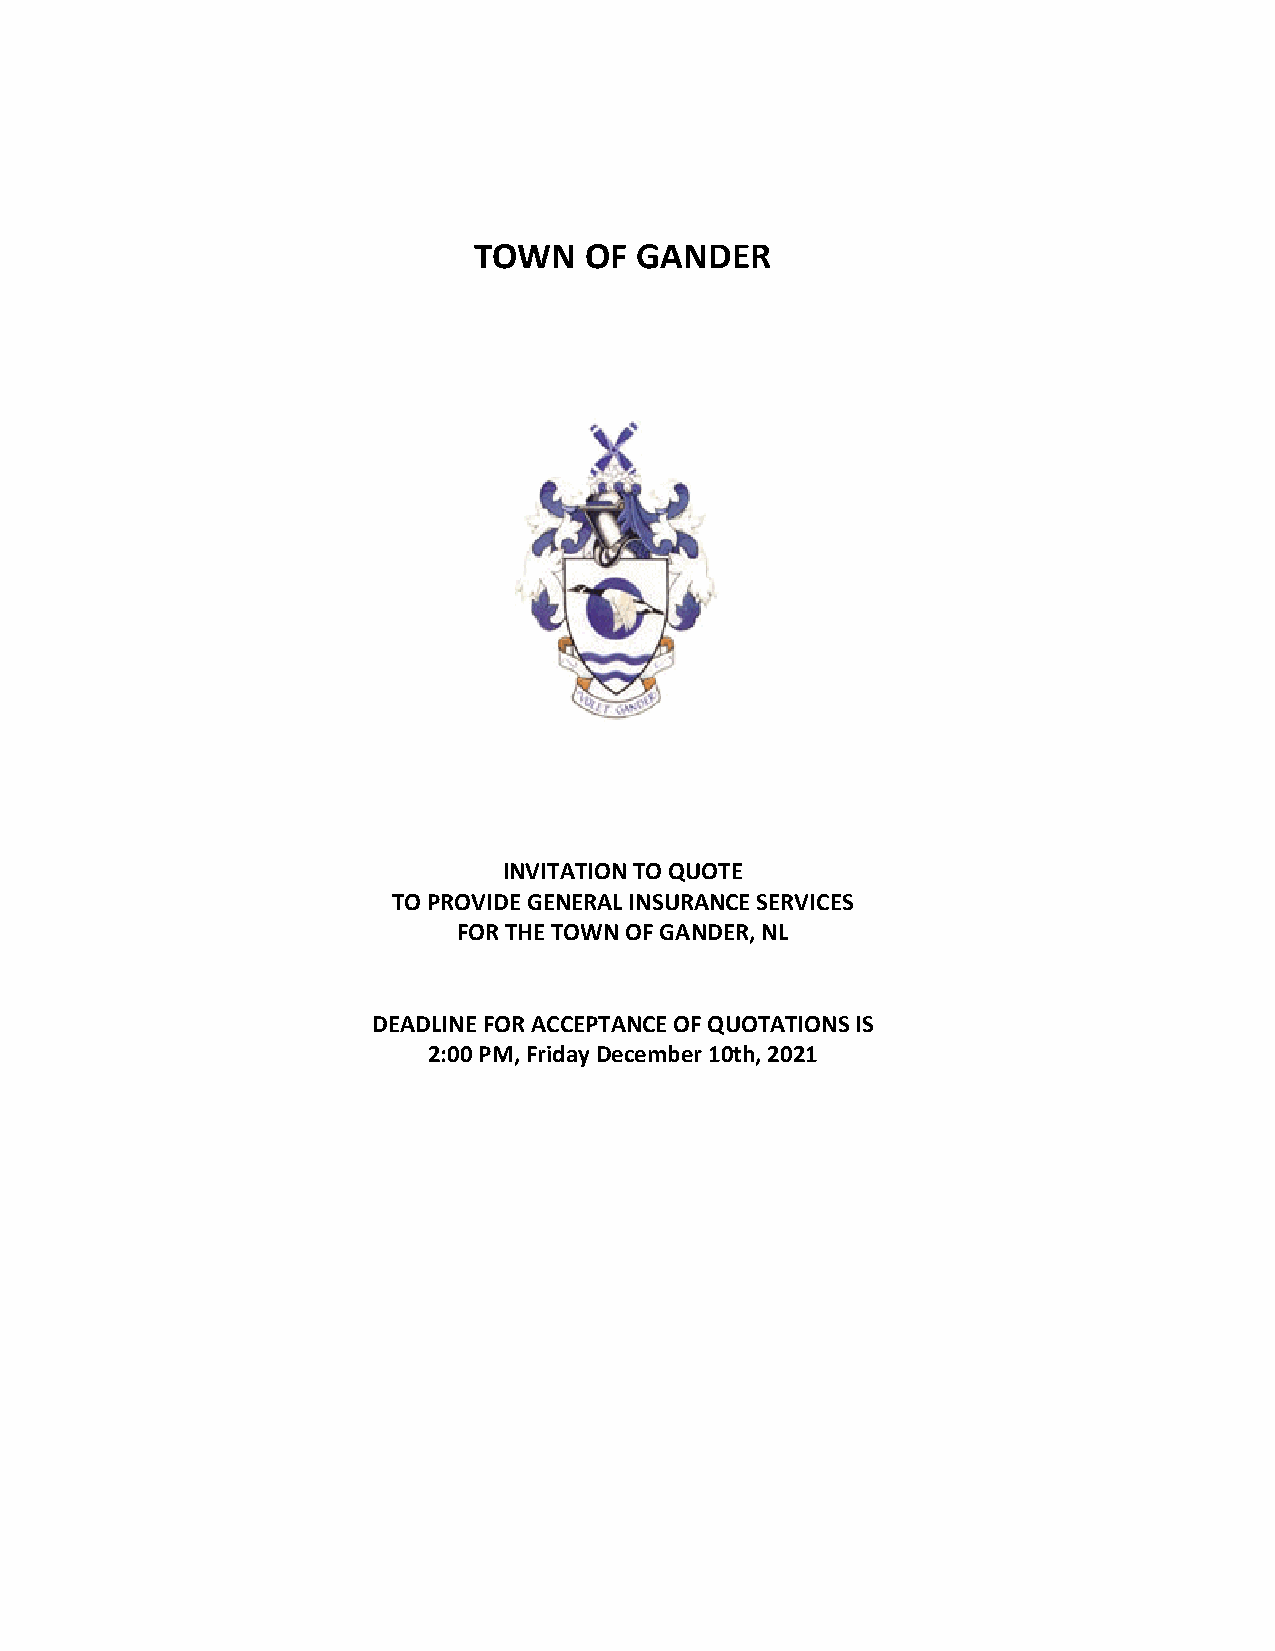
TOWN    OF GANDER
 INVITATION TO QUOTE
 TO PROVIDE GENERAL INSURANCE SERVICES
 FOR THE TOWN OF GANDER, NL
 DEADLINE FOR ACCEPTANCE OF QUOTATIONS IS
 2:00 PM, Friday December 10th, 2021